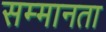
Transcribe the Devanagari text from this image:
सम्मानता